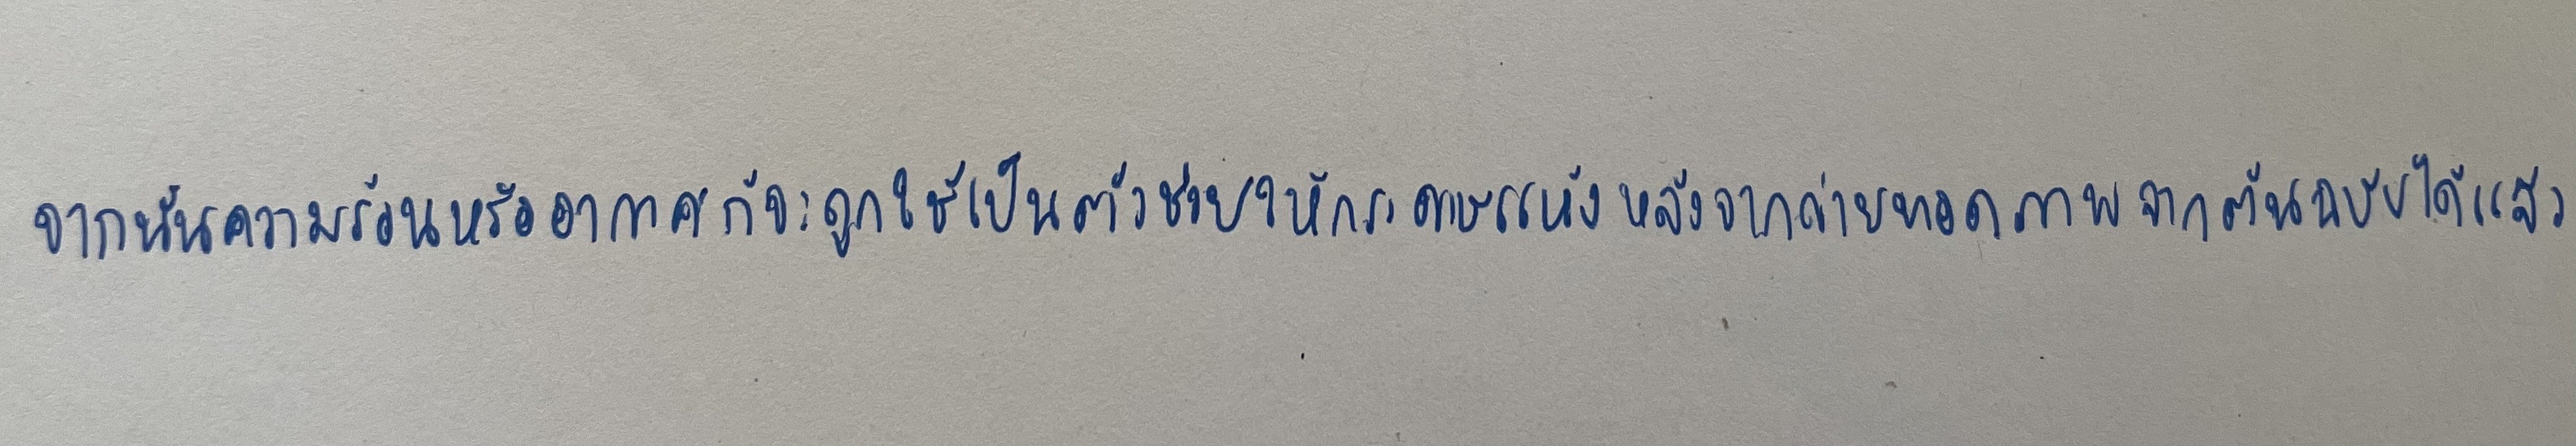
จากนั้นความร้อนหรืออากาศก็จะถูกใช้เป็นตัวช่วยให้กระดาษแห้งหลังจากถ่ายทอดภาพจากต้นฉบับได้แล้ว